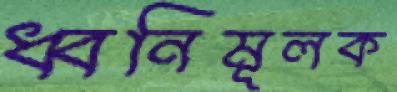
ধ্বনিমূলক